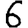
Digit: 6